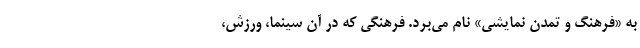
به «فرهنگ و تمدن نمایشی» نام می‌برد. فرهنگی که در آن سینما، ورزش،